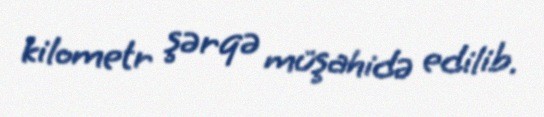
kilometr şərqə müşahidə edilib.